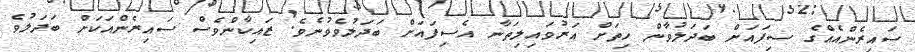
ސައިރެންއެއްގެ ސިފައަށް ބަދަލުވާން ހިތަށް އަރުވައިލިތަނާ އެސިފައަށް ބަދަލުވެވުނެވެ. ޒައިކާންވެސް ސައިރެންއަކަށް ބަދަލުވެ